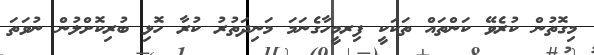
މިގޮތުން ކުރެވޭ ކަންތައް ތަކަކީ ފިރމީހާގެނަމަ މަނިދަތުރު ކުރާ ހޮޅި ބުރިކޮށްލުން ނުވަތަ